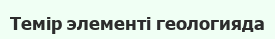
Темір элементі геологияда